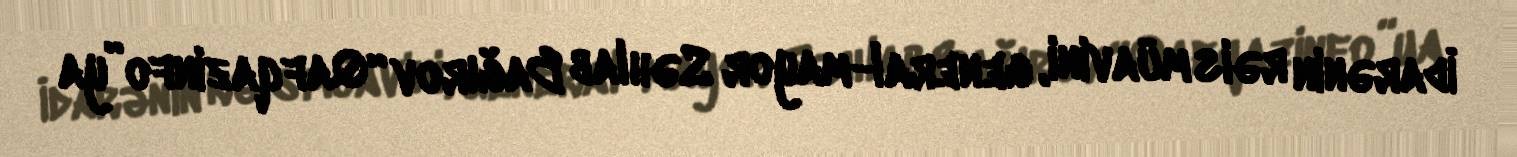
İdarənin rəis müavini, general-mayor Səhlab Bağırov “Qafqazinfo”ya